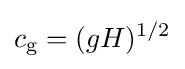
c_{\text{g}}=(gH)^{1/2}